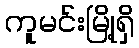
ကူမင်းမြို့ရှိ